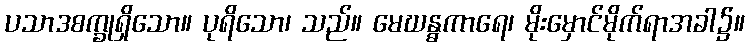
ပသာဒစက္ခုရှိသော။ ပုရိသော၊ သည်။ မေဃန္ဓကာရေ၊ မိုးမှောင်မိုက်ရာအခါ၌။